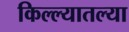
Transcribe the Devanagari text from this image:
किल्ल्यातल्या